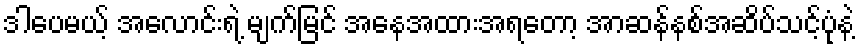
ဒါပေမယ့် အလောင်းရဲ့ မျက်မြင် အနေအထားအရတော့ အာဆန်နစ်အဆိပ်သင့်ပုံနဲ့